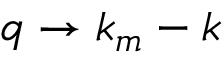
\boldsymbol { q } \rightarrow k _ { m } - \boldsymbol { k }